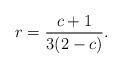
LaTeX: \begin{align*}r = \frac{c+1}{3 (2-c)}.\end{align*}